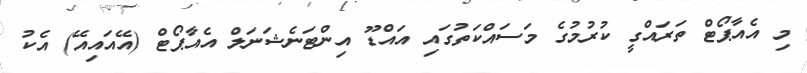
މި އެއާޕޯޓް ތަރައްގީ ކުރުމުގެ މަސައްކަތުގައި އައްޑޫ އިންޓަނެޝަނަލް އެއާޕޯޓް (އޭއައިއޭ) އެކު